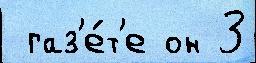
 газ'е́т'е он 3